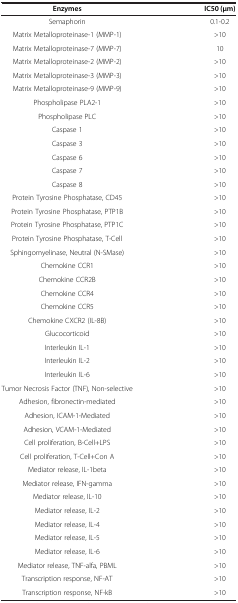
| Enzymes | IC50 (μm) |
 | --- | --- |
 | Semaphorin | 0.1-0.2 |
 | Matrix Metalloproteinase-1 (MMP-1) | >10 |
 | Matrix Metalloproteinase-7 (MMP-7) | 10 |
 | Matrix Metalloproteinase-2 (MMP-2) | >10 |
 | Matrix Metalloproteinase-3 (MMP-3) | >10 |
 | Matrix Metalloproteinase-9 (MMP-9) | >10 |
 | Phospholipase PLA2-1 | >10 |
 | Phospholipase PLC | >10 |
 | Caspase 1 | >10 |
 | Caspase 3 | >10 |
 | Caspase 6 | >10 |
 | Caspase 7 | >10 |
 | Caspase 8 | >10 |
 | Protein Tyrosine Phosphatase, CD45 | >10 |
 | Protein Tyrosine Phosphatase, PTP1B | >10 |
 | Protein Tyrosine Phosphatase, PTP1C | >10 |
 | Protein Tyrosine Phosphatase, T-Cell | >10 |
 | Sphingomyelinase, Neutral (N-SMase) | >10 |
 | Chemokine CCR1 | >10 |
 | Chemokine CCR2B | >10 |
 | Chemokine CCR4 | >10 |
 | Chemokine CCR5 | >10 |
 | Chemokine CXCR2 (IL-8B) | >10 |
 | Glucocorticoid | >10 |
 | Interleukin IL-1 | >10 |
 | Interleukin IL-2 | >10 |
 | Interleukin IL-6 | >10 |
 | Tumor Necrosis Factor (TNF), Non-selective | >10 |
 | Adhesion, fibronectin-mediated | >10 |
 | Adhesion, ICAM-1-Mediated | >10 |
 | Adhesion, VCAM-1-Mediated | >10 |
 | Cell proliferation, B-Cell+LPS | >10 |
 | Cell proliferation, T-Cell+Con A | >10 |
 | Mediator release, IL-1beta | >10 |
 | Mediator release, IFN-gamma | >10 |
 | Mediator release, IL-10 | >10 |
 | Mediator release, IL-2 | >10 |
 | Mediator release, IL-4 | >10 |
 | Mediator release, IL-5 | >10 |
 | Mediator release, IL-6 | >10 |
 | Mediator release, TNF-alfa, PBML | >10 |
 | Transcription response, NF-AT | >10 |
 | Transcription response, NF-kB | >10 |